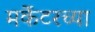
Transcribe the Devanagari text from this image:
मर्केटरच्या